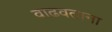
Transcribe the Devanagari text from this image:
वाढवताना